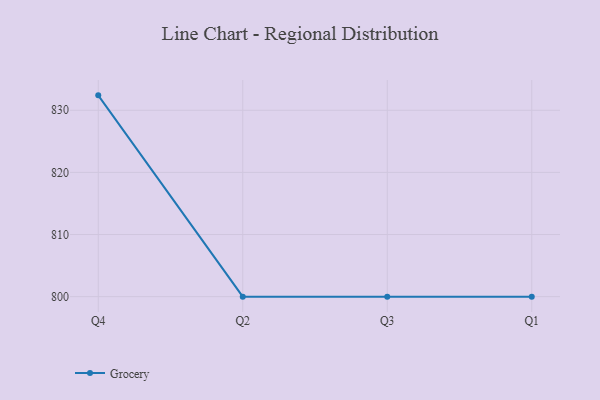
{"axis": {"x": "Quarter", "y": "Market Share (%)"}, "legend": ["Grocery"], "data": [{"x": "Q4", "y": 832.4, "type": "Grocery"}, {"x": "Q2", "y": 800, "type": "Grocery"}, {"x": "Q3", "y": 800, "type": "Grocery"}, {"x": "Q1", "y": 800, "type": "Grocery"}]}